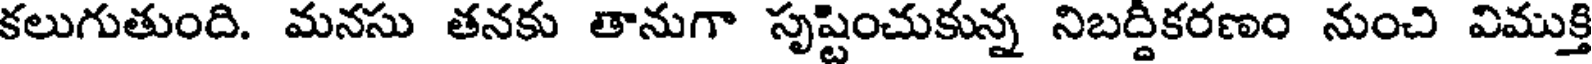
కలుగుతుంది. మనసు తనకు తానుగా సృష్టించుకున్న నిబద్దికరణం నుంచి విముక్తి